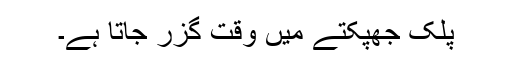
پلک جھپکتے میں وقت گزر جاتا ہے۔